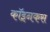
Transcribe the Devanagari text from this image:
कॉइनकस